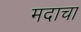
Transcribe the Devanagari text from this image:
मदाचा